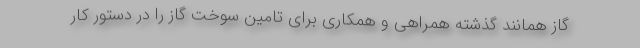
گاز همانند گذشته همراهی و همکاری برای تامین سوخت گاز را در دستور کار